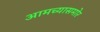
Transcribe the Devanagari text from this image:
आमच्यासमोर